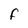
Character: F